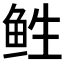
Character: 𱇡